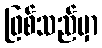
ဖြစ်သည်မှာ